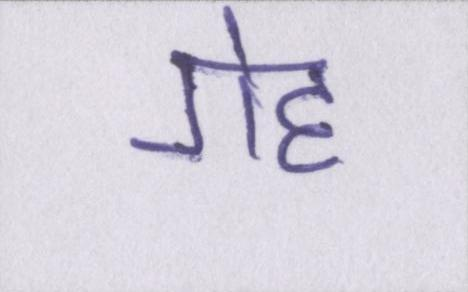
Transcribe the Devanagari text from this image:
गेह